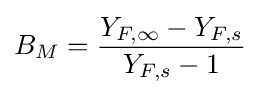
B_{M}={\frac {Y_{F,\infty }-Y_{F,s}}{Y_{F,s}-1}}